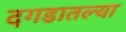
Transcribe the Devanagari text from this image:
दगडातल्या